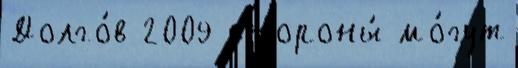
Долго́в 2009 стороны́ мо́гут